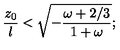
{ \frac { z _ { 0 } } { l } } < \sqrt { - { \frac { \omega + 2 / 3 } { 1 + \omega } } } ;